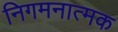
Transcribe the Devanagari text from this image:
निगमनात्‍मक